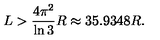
L > { \frac { 4 \pi ^ { 2 } } { \ln { 3 } } } R \approx 3 5 . 9 3 4 8 R .